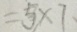
= 5 \times 7